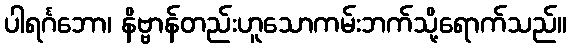
ပါရင်္ဂဘော၊ နိဗ္ဗာန်တည်းဟူသောကမ်းဘက်သို့ရောက်သည်။